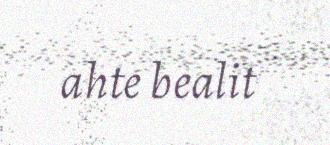
ahte bealit